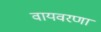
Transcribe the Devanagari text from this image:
वायवरणा